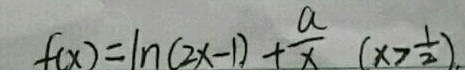
f ( x ) = \ln ( 2 x - 1 ) + \frac { a } { x } ( x > \frac { 1 } { 2 } ) .